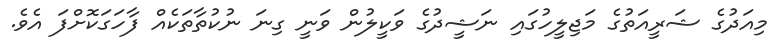
މިއަދުގެ ޝަރީއަތުގެ މަޖިލީހުގައި ނަޝީދުގެ ވަކީލުން ވަނީ ގިނަ ނުކުތާތަކެއް ފާހަގަކޮށްފަ އެވެ.